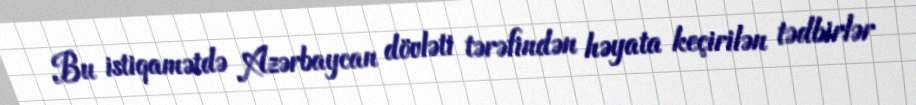
Bu istiqamətdə Azərbaycan dövləti tərəfindən həyata keçirilən tədbirlər